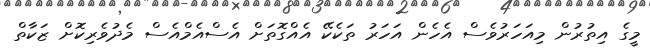
މީގެ އިތުރުން މިއަހަރުވެސް އެހެން އަހަރު ތަކެކޭ އެއްގޮތަށް އެސްއެމްއެސް މެދުވެރިކޮށް ޒަކާތް